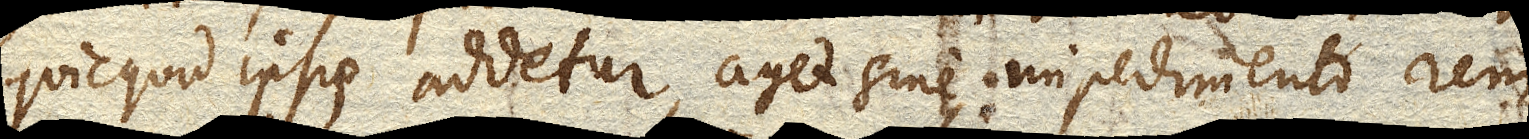
quicquid ipsis addetur, aget sine impedimento rem